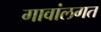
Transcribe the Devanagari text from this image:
गावांलगत